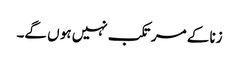
زنا کے مرتکب نہیں ہو ں گے۔